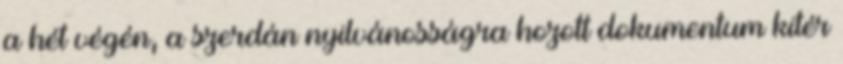
a hét végén, a szerdán nyilvánosságra hozott dokumentum kitér